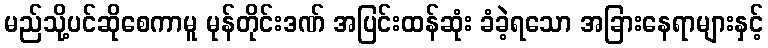
မည်သို့ပင်ဆိုစေကာမူ မုန်တိုင်းဒဏ် အပြင်းထန်ဆုံး ခံခဲ့ရသော အခြားနေရာများနှင့်